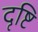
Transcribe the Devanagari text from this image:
दृष्टि